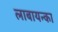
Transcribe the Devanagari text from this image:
लाबायन्का